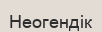
Неогендік